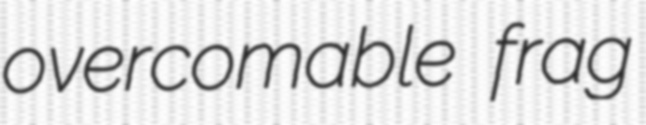
overcomable frag